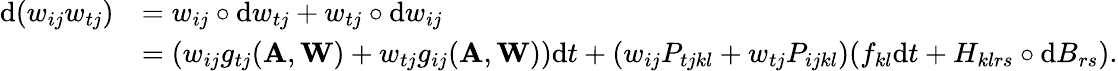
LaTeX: \begin{array}{rl}{\mathrm{d}(w_{ij}w_{tj})}&{=w_{ij}\circ\mathrm{d}w_{tj}+w_{tj}\circ\mathrm{d}w_{ij}}\\ &{=(w_{ij}g_{tj}(\mathbf A,\mathbf W)+w_{tj}g_{ij}(\mathbf A,\mathbf W))\mathrm{d}t+(w_{ij}P_{tjkl}+w_{tj}P_{ijkl})(f_{kl}\mathrm{d}t+H_{klrs}\circ\mathrm{d}B_{rs}).}\end{array}